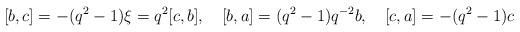
LaTeX: \begin{align*}[b,c]=-(q^2-1)\xi=q^{2}[c,b],\quad [b,a]=(q^2-1)q^{-2}b,\quad[c,a]=-(q^2-1)c\end{align*}